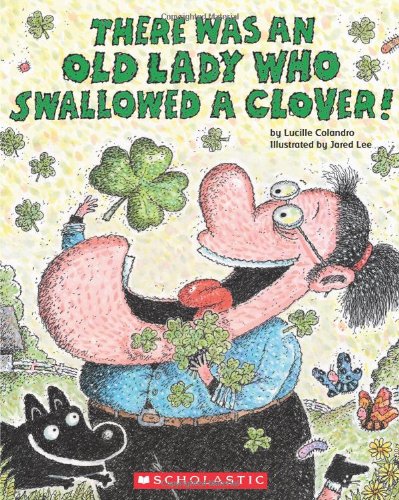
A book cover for There Was an Old Lady Who Swallowed a Clover!; Lucille Colandro; Children's Books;